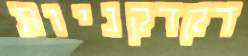
דקדקניות